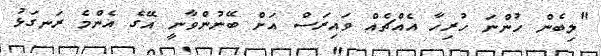
"ލިބެން ހުންނަ ހުރިހާ އެއްޗެއް ވައިރަސް އަށް ބޭނުންވާނީ އޭގެ އެންމެ ރަނގަޅު